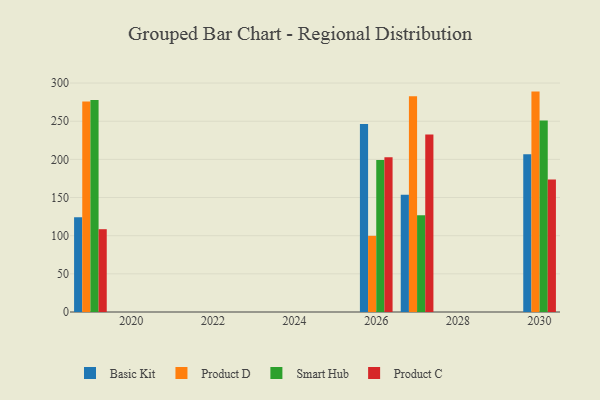
{"axis": {"x": "Year", "y": "Conversion Rate (%)"}, "legend": ["Basic Kit", "Product C", "Product D", "Smart Hub"], "data": [{"x": "2027", "y": 153.5, "type": "Basic Kit"}, {"x": "2027", "y": 282.6, "type": "Product D"}, {"x": "2027", "y": 126.8, "type": "Smart Hub"}, {"x": "2027", "y": 232.7, "type": "Product C"}, {"x": "2030", "y": 206.8, "type": "Basic Kit"}, {"x": "2030", "y": 288.8, "type": "Product D"}, {"x": "2030", "y": 251.0, "type": "Smart Hub"}, {"x": "2030", "y": 173.7, "type": "Product C"}, {"x": "2019", "y": 124.1, "type": "Basic Kit"}, {"x": "2019", "y": 275.7, "type": "Product D"}, {"x": "2019", "y": 277.7, "type": "Smart Hub"}, {"x": "2019", "y": 108.5, "type": "Product C"}, {"x": "2026", "y": 246.4, "type": "Basic Kit"}, {"x": "2026", "y": 99.8, "type": "Product D"}, {"x": "2026", "y": 199.2, "type": "Smart Hub"}, {"x": "2026", "y": 202.9, "type": "Product C"}]}